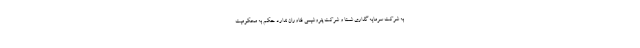
به شرکت سرمایه گذاری شستا و شرکت پتروشیمی فناوران ندارد حکم به محکومیت